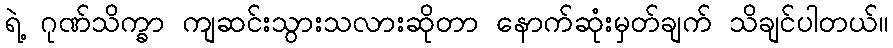
ရဲ့ ဂုဏ်သိက္ခာ ကျဆင်းသွားသလားဆိုတာ နောက်ဆုံးမှတ်ချက် သိချင်ပါတယ်။